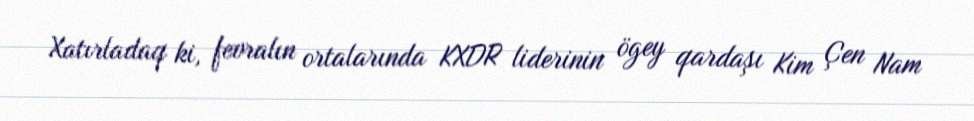
Xatırladaq ki, fevralın ortalarında KXDR liderinin ögey qardaşı Kim Çen Nam